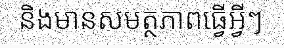
និងមានសមត្ថភាពធ្វើអ្វីៗ